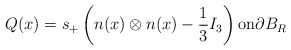
\begin{align*}Q(x)=s_+ \left( n (x) \otimes n(x) -\frac{1}{3} I_3 \right) \textrm{on}\partial B_R\end{align*}